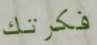
فكرتك